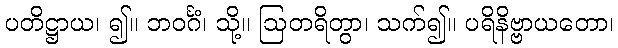
ပတိဋ္ဌာယ၊ ၍။ ဘဝင်္ဂံ၊ သို့။ ဩတရိတွာ၊ သက်၍။ ပရိနိဗ္ဗာယတော၊